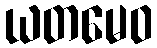
ယတမေဝ